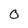
Character: o